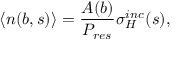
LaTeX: \langle n ( b , s ) \rangle = \frac { A ( b ) } { P _ { r e s } } \sigma _ { H } ^ { i n c } ( s ) ,